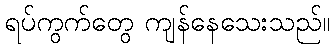
ရပ်ကွက်တွေ ကျန်နေသေးသည်။